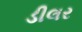
ડીલર